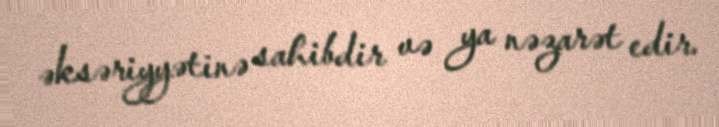
əksəriyyətinə sahibdir və ya nəzarət edir.